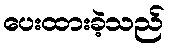
ပေးထားခဲ့သည်